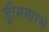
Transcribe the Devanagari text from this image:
ड्रीमसारखे